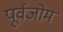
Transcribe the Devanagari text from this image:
पूर्वजोम